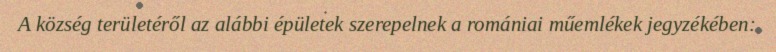
A község területéről az alábbi épületek szerepelnek a romániai műemlékek jegyzékében: